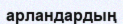
арландардың